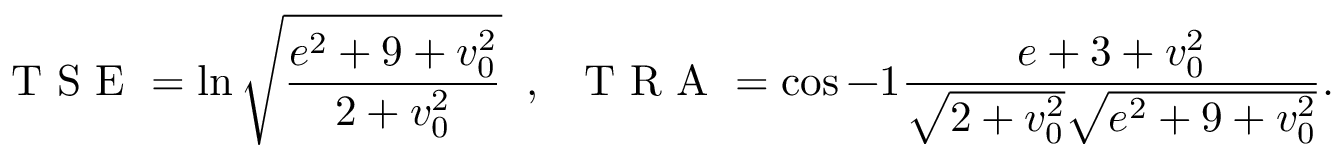
\mathrm { ~ T ~ S ~ E ~ } = \ln \sqrt { \frac { e ^ { 2 } + 9 + v _ { 0 } ^ { 2 } } { 2 + v _ { 0 } ^ { 2 } } } \; \; , \; \; \mathrm { ~ T ~ R ~ A ~ } = \cos { - 1 } \frac { e + 3 + v _ { 0 } ^ { 2 } } { \sqrt { 2 + v _ { 0 } ^ { 2 } } \sqrt { e ^ { 2 } + 9 + v _ { 0 } ^ { 2 } } } .